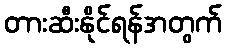
တားဆီးနိုင်ရန်အတွက်